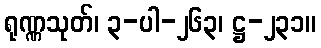
ရုဏ္ဏသုတ်၊ ၃-ပါ-၂၆၃၊ ဋ္ဌ-၂၃၁။